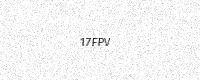
Text: 17FPV